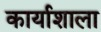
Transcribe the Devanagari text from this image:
कार्याशाला